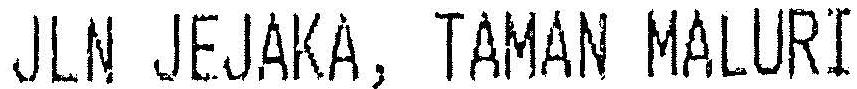
JLN JEJAKA, TAMAN MALURI